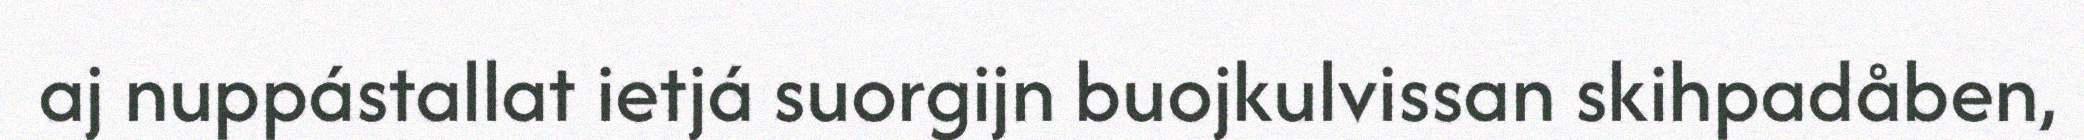
aj nuppástallat ietjá suorgijn buojkulvissan skihpadåben,